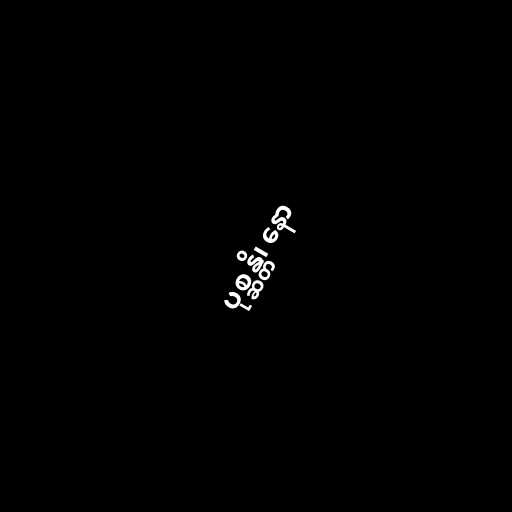
ပုစ္ဆန္တိ၊ နော